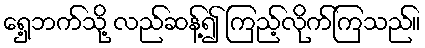
ရှေ့ဘက်သို့ လည်ဆန့်၍ ကြည့်လိုက်ကြသည်။